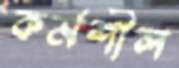
কর্মশীল